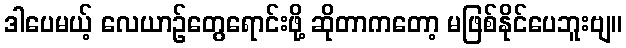
ဒါပေမယ့် လေယာဉ်တွေရောင်းဖို့ ဆိုတာကတော့ မဖြစ်နိုင်ပေဘူးဗျ။